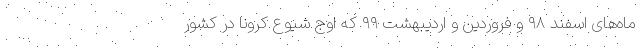
ماه‌های اسفند ۹۸ و فروردین و اردیبهشت ۹۹ که اوج شیوع کرونا در کشور